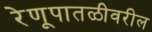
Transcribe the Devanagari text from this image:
रेणूपातळीवरील